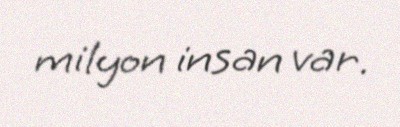
milyon insan var.